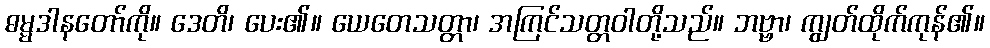
ဓမ္မဒါနတော်ကို။ ဒေတိ၊ ပေး၏။ ယေတေသတ္တာ၊ အကြင်သတ္တဝါတို့သည်။ ဘဗ္ဗာ၊ ကျွတ်ထိုက်ကုန်၏။